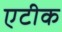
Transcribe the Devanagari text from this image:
एटीक